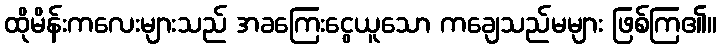
ထိုမိန်းကလေးများသည် အခကြေးငွေယူသော ကချေသည်မများ ဖြစ်ကြ၏။